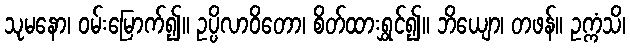
သုမနော၊ ဝမ်းမြောက်၍။ ဥပ္ပိလာဝိတော၊ စိတ်ထားရွှင်၍။ ဘိယျော၊ တဖန်။ ဥက္ကံသိ၊